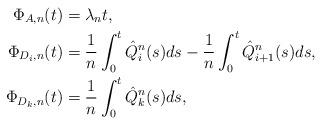
LaTeX: \begin{align*}\Phi_{A,n}(t) &= \lambda_n t, \\\Phi_{D_i,n}(t) &= \frac{1}{n}\int_0^t\hat{Q}^n_i(s)ds-\frac{1}{n}\int_0^t\hat{Q}^n_{i+1}(s)ds, \\\Phi_{D_k,n}(t) &= \frac{1}{n}\int_0^t\hat{Q}^n_{k}(s)ds, \end{align*}